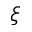
\xi